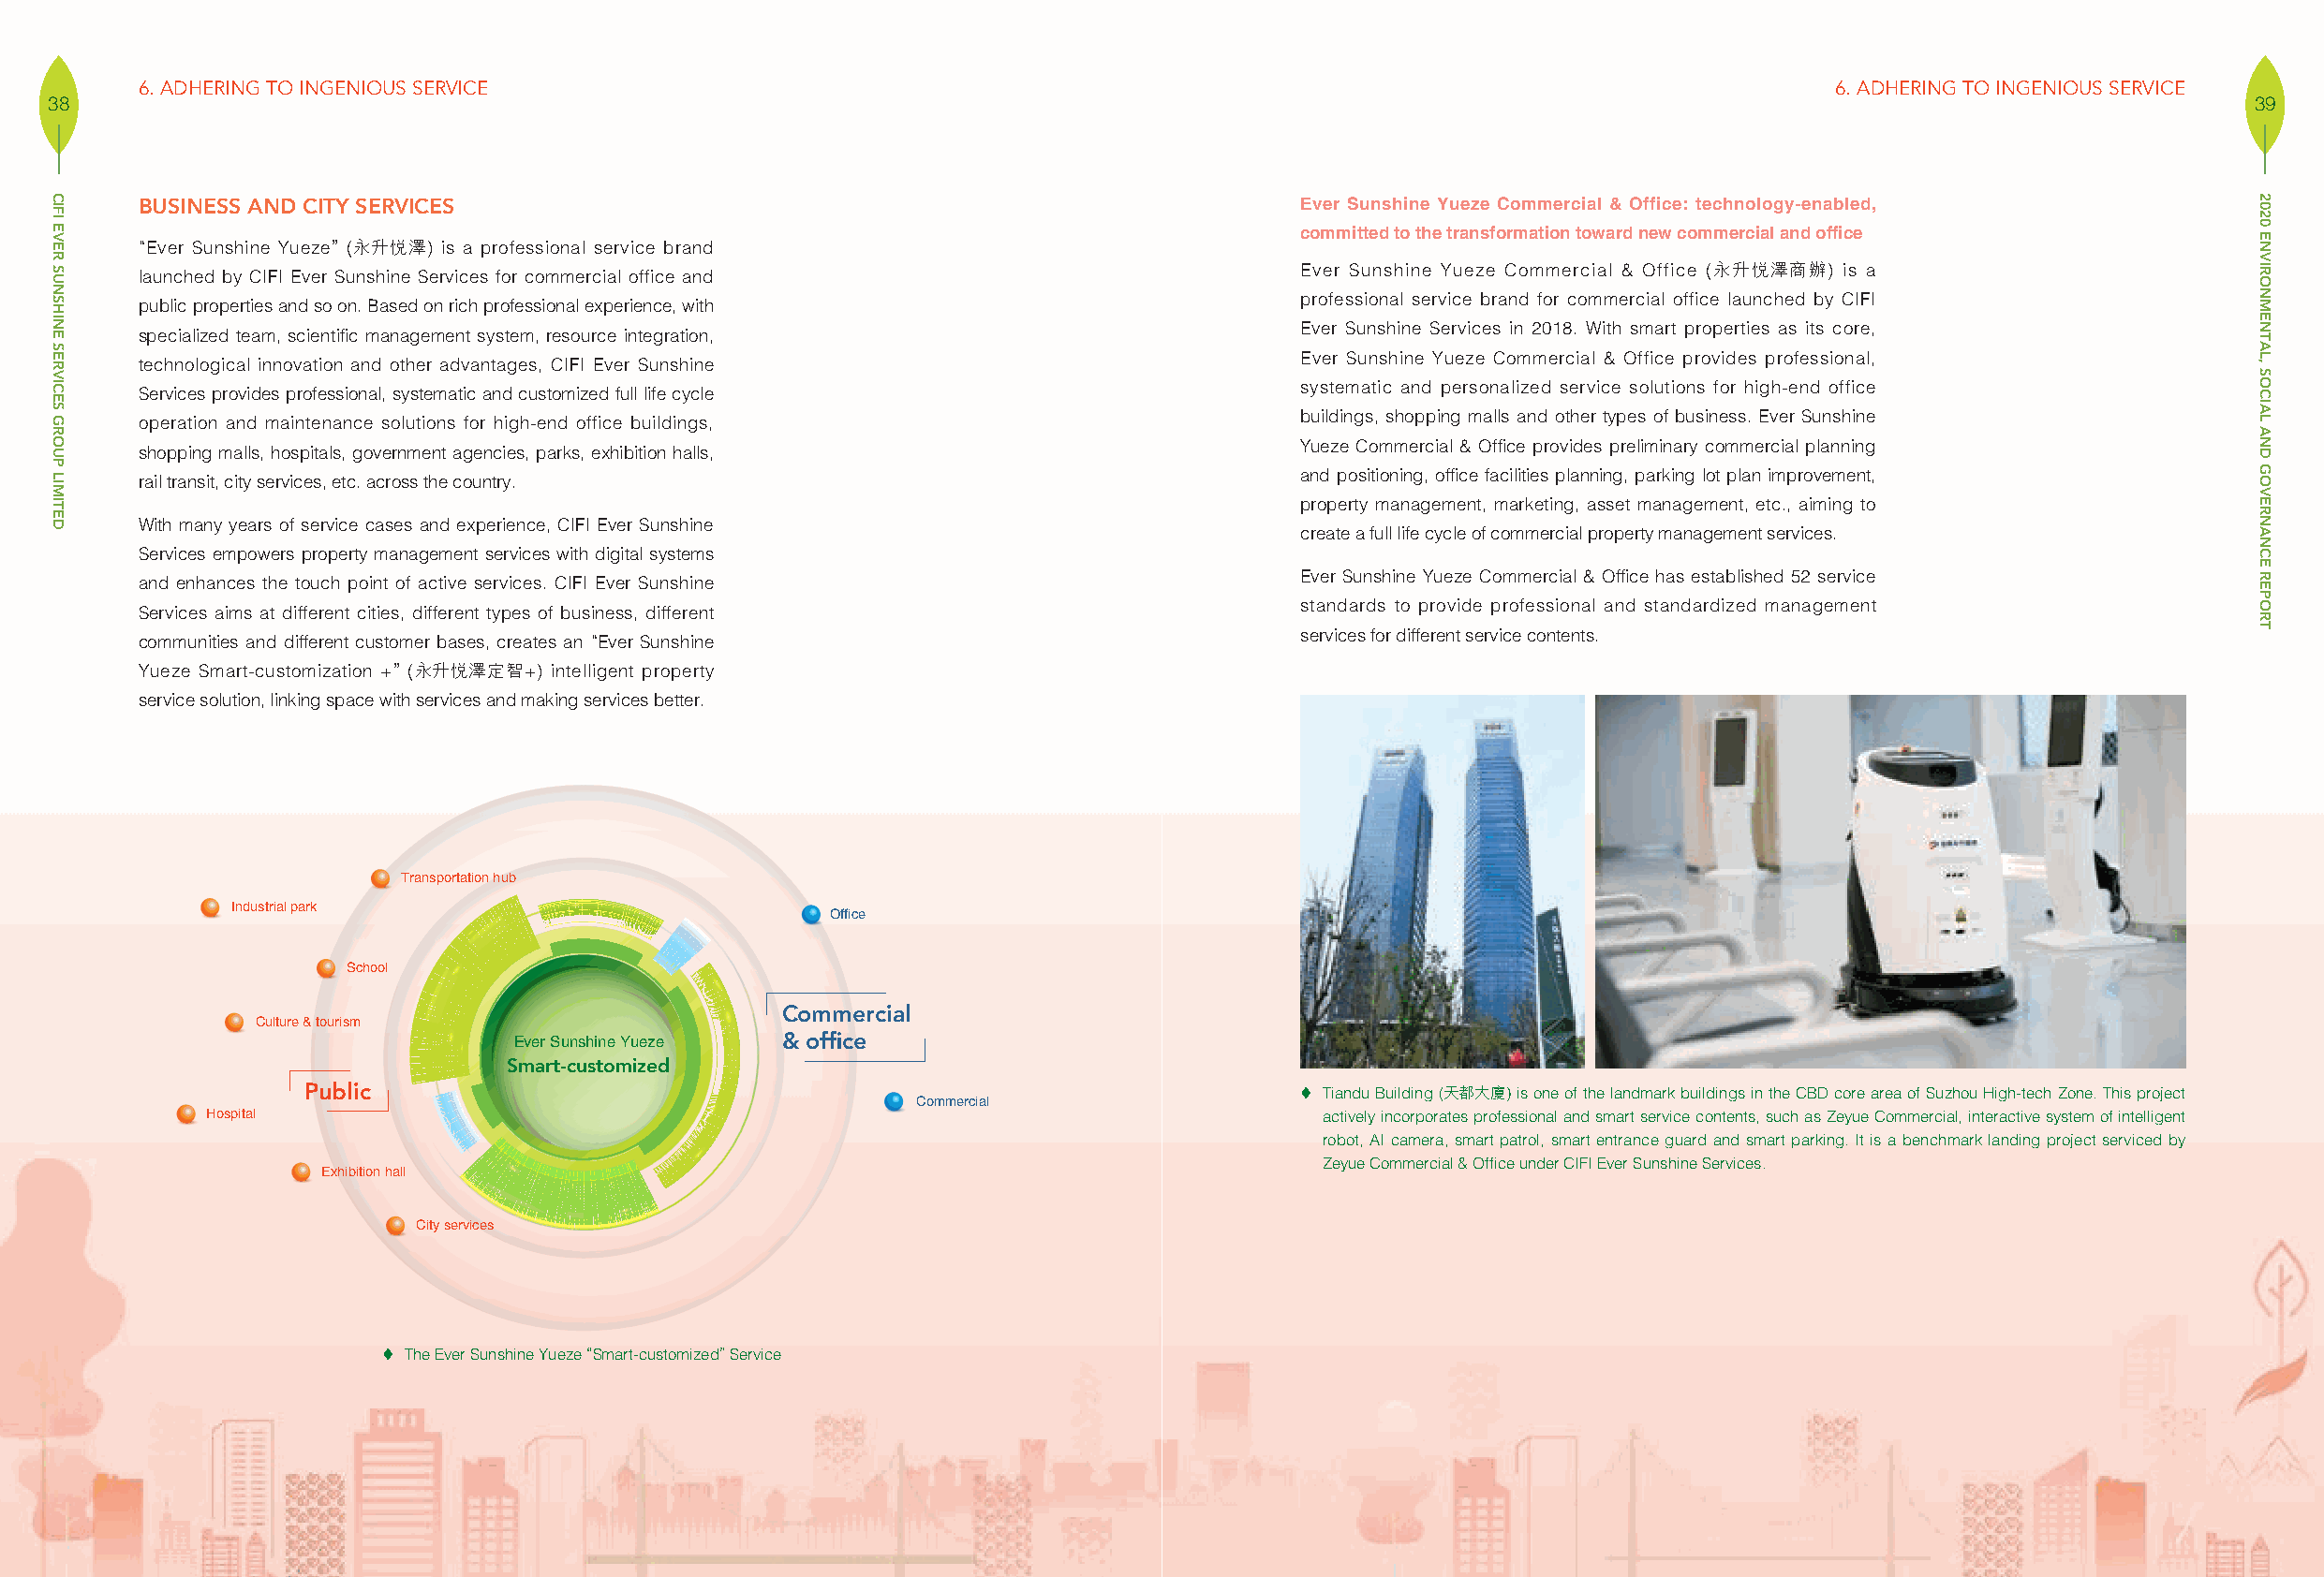
6. ADHERING TO INGENIOUS SERVICE                                                                                        6. ADHERING TO INGENIOUS SERVICE
 38                                                                                                                                                          39
 BUSINESS AND CITY SERVICES                                                        Ever Sunshine Yueze Commercial & Office: technology-enabled,
 committed to the transformation toward new commercial and office
 “Ever Sunshine Yueze” (永升悅澤) is a professional service brand
 Ever Sunshine Yueze Commercial & Office (永升悅澤商辦) is a launched by CIFI Ever Sunshine Services for commercial office and
 professional service brand for commercial office launched by CIFI
 public properties and so on. Based on rich professional experience, with
 Ever Sunshine Services in 2018. With smart properties as its core,
 specialized team, scientific management system, resource integration,
 Ever Sunshine Yueze Commercial & Office provides professional,
 technological innovation and other advantages, CIFI Ever Sunshine
 systematic and personalized service solutions for high-end office
 Services provides professional, systematic and customized full life cycle
 buildings, shopping malls and other types of business. Ever Sunshine
 operation and maintenance solutions for high-end office buildings,
 Yueze Commercial & Office provides preliminary commercial planning
 shopping malls, hospitals, government agencies, parks, exhibition halls,
 and positioning, office facilities planning, parking lot plan improvement, rail transit, city services, etc. across the country.
 property management, marketing, asset management, etc., aiming to
 With many years of service cases and experience, CIFI Ever Sunshine
 create a full life cycle of commercial property management services.
 Services empowers property management services with digital systems
 Ever Sunshine Yueze Commercial & Office has established 52 service and enhances the touch point of active services. CIFI Ever Sunshine
 standards to provide professional and standardized management
 Services aims at different cities, different types of business, different
 communities and different customer bases, creates an “Ever Sunshine               services for different service contents.
 Yueze Smart-customization +” (永升悅澤定智+) intelligent property
 service solution, linking space with services and making services better.
 Transportation hub
 Industrial park
 Office
 School
 Commercial
 Culture & tourism
 Ever Sunshine Yueze & office
 Smart-customized
 Public                                                                 Tiandu Building (天都大廈) is one of the landmark buildings in the CBD core area of Suzhou High-tech Zone. This project
 Commercial
 Hospital                                                                      actively incorporates professional and smart service contents, such as Zeyue Commercial, interactive system of intelligent
 robot, AI camera, smart patrol, smart entrance guard and smart parking. It is a benchmark landing project serviced by
 Zeyue Commercial & Office under CIFI Ever Sunshine Services.
 Exhibition hall
 City services
  The Ever Sunshine Yueze “Smart-customized” Service
 CIFI
 EVER
 SUNSHINE
 SERVICES
 GROUP
 LIMITED
 2020
 ENVIRONMENTAL,
 SOCIAL
 AND
 GOVERNANCE
 REPORT